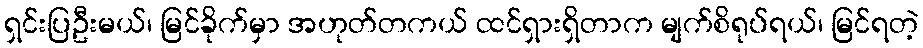
ရှင်းပြဦးမယ်၊ မြင်ခိုက်မှာ အဟုတ်တကယ် ထင်ရှားရှိတာက မျက်စိရုပ်ရယ်၊ မြင်ရတဲ့